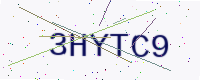
Text: 3HYTC9